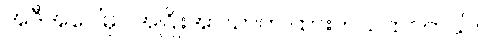
အဲဒီအပေါ်မှာ အငြိုးအာဃာတ ထားတယ်ထင်တယ်။